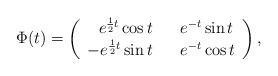
LaTeX: \begin{align*}\Phi(t) = \left (\begin{array}{rcl}e^{\frac{1}{2} t} \cos t & & e^{-t} \sin t\\-e^{\frac{1}{2} t} \sin t & & e^{-t} \cos t\end{array}\right ),\end{align*}